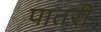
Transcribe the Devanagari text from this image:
पातरी